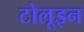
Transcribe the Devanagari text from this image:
टोलूइन